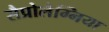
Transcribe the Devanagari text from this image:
सैप्रोलैग्निया